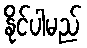
နိုင်ပါမည်